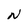
Character: N